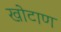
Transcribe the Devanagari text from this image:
खोटाण